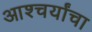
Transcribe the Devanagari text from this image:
आश्चर्यांचा